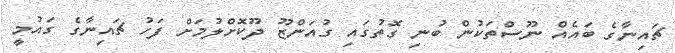
ޗައިނާގެ ބައެއް ނޫސްތަކުން ބުނި ގޮތުގައި ގުއަންޒޫ ދޫކޮށްލުމަށް ފަހު ޗައިނާގެ ގައުމީ